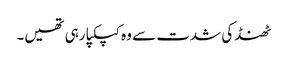
ٹھنڈ کی شدت سے وہ کپکپا رہی تھیں۔